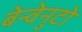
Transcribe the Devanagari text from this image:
बेन्वेनुटो